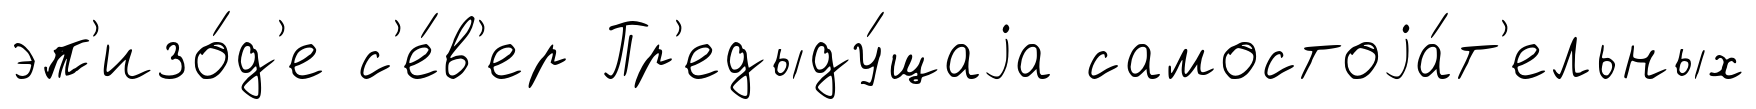
эп'изо́д'е с'е́в'ер Пр'едыду́щаjа самостоjа́т'ельных